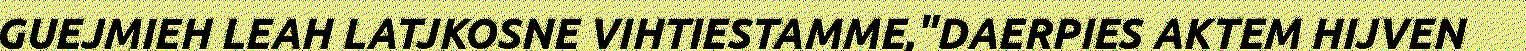
GUEJMIEH LEAH LATJKOSNE VIHTIESTAMME,"DAERPIES AKTEM HIJVEN